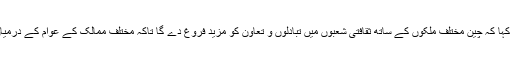
چین کے وزیر ثقافت و سیاحت لو شو گانگ نے کہا کہ چین مختلف ملکوں کے ساتھ ثقافتی شعبوں میں تبادلوں و تعاون کو مزید فروغ دے گا تاکہ مختلف ممالک کے عوام کے درمیان باہمی مفاہمت اور دوستی میں اضافہ ہوسکے ۔